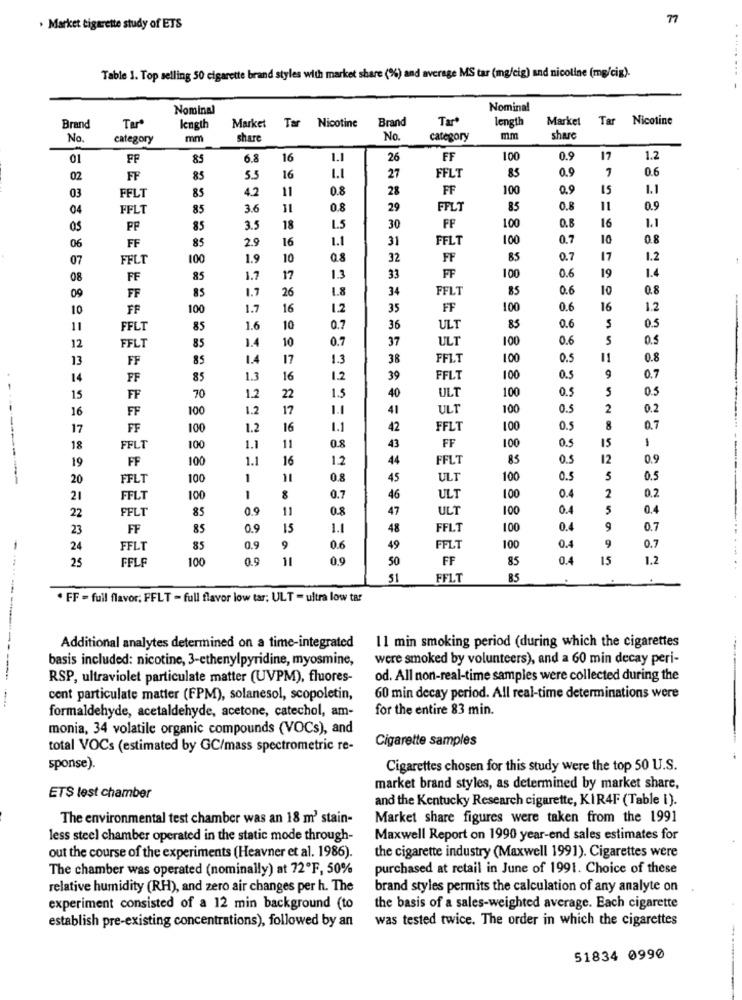
. Market cigarette study of ETS
Table 1. Top selling 50 cigarette brand styles with market share (%) and average MS tar (mg/cig) and nicoline (mg/cig).
Nominal
Nominal
Brand
Tar*
length
Market
Tar Nicotine
Brand
Tar
length
Market Tar Nicotine
No.
category
mm
share
No.
category
mm
share
01
FF
85
6.8
16
1.1
26
FF
100
0.9
17
1.2
85
0.9
1
0.6
02
FF
85
5.5
16
1.1
27
FFLT
4.2
11
0.8
28
FF
100
0.9
15
1.1
03
FFLT
85
04
FFLT
85
3.6
11
0.8
29
FFLT
85
0.8
11
0.9
05
PF
85
3.5
18
1.5
30
FF
100
0.8
16
1.1
85
2.9
16
1.1
31
FFLT
100
0.7
10
0.8
06
FF
07
FFLT
100
1.9
10
0.8
32
FF
85
0.7
17
1.2
100
0.6
19
1.4
08
FF
85
1.7
17
1.3
33
FF
09
85
1.7
26
1.8
34
FFLT
85
06
10
0.8
FF
10
FF
100
1.7
16
1.2
35
FF
100
0.6
16
1.2
0.6
11
FFLT
85
1.6
10
0.7
36
ULT
83
0.5
1.4
10
0.7
37
ULT
100
0.6
S
0.5
12
FFLT
85
13
FF
85
1.4
17
1.3
38
FFL.T
100
0.5
11
0.8
14
FF
85
1.3
16
1.2
39
FFLT
100
0.5
0.7
22
1.5
ULT
100
0.5
5
0.5
15
FF
70
1.2
40
16
FF
100
1.2
17
1.1
41
UL1
100
0.5
2
0.2
17
FF
100
1.2
16
1.1
42
FFLT
100
0.5
8
0.7
0.8
100
1
18
FFLT
100
1.1
11
43
FF
0.5
15
19
FF
100
1.1
16
1.2
44
FFLT
85
0.3
12
0.9
20
FFLT
100
1
11
0.8
45
ULT
100
0.5
5
0.5
2
0.2
21
FFLT
100
1
0.7
46
ULT
100
0.4
FFLT
85
0.9
11
0.8
47
ULT
100
0.4
5
0.4
22
23
FF
85
0.9
15
1.1
48
FFLT
100
0.4
9
0.7
0.4
9
24
FFLT
85
0.9
0.6
49
FFLT
100
0.7
25
FFLF
100
0.9
1
0.9
50
FF
85
0.4
15
1,2
51
FFLT
85
. FF - full flavor; FFLT - full flavor low tar; ULT = ultra low tar
Additional analytes determined on a time-integrated
11 min smoking period (during which the cigarettes
basis included: nicotine, 3-ethenylpyridine, myosmine,
were smoked by volunteers), and a 60 min decay peri-
RSP, ultraviolet particulate matter (UVPM), fluores-
od. All non-real-time samples were collected during the
------------
cent particulate matter (FPM), solanesol, scopoletin,
60 min decay period. All real-time determinations were
formaldehyde, acetaldehyde, acetone, catechol, am-
for the entire 83 min.
monia, 34 volatile organic compounds (VOCs), and
Cigarette samples
total VOCs (estimated by GC/mass spectrometric re-
sponse).
Cigarettes chosen for this study were the top 50 U.S.
market brand styles, as determined by market share,
ETS lest chamber
and the Kentucky Research cigarette, KIR4F (Table i).
The environmental test chamber was an 18 m' stain-
Market share figures were taken from the 1991
less steel chamber operated in the static mode through-
Maxwell Report on 1990 year-end sales estimates for
out the course of the experiments (Heavner et al. 1986).
the cigarette industry (Maxwell 1991). Cigarettes were
The chamber was operated (nominally) at 72ºF, 50%
purchased at retail in June of 1991. Choice of these
relative humidity (RH), and zero air changes per h. The
brand styles permits the calculation of any analyte on
experiment consisted of a 12 min background (to
the basis of a sales-weighted average. Each cigarette
establish pre-existing concentrations), followed by an
was tested twice. The order in which the cigarettes
51834 0990